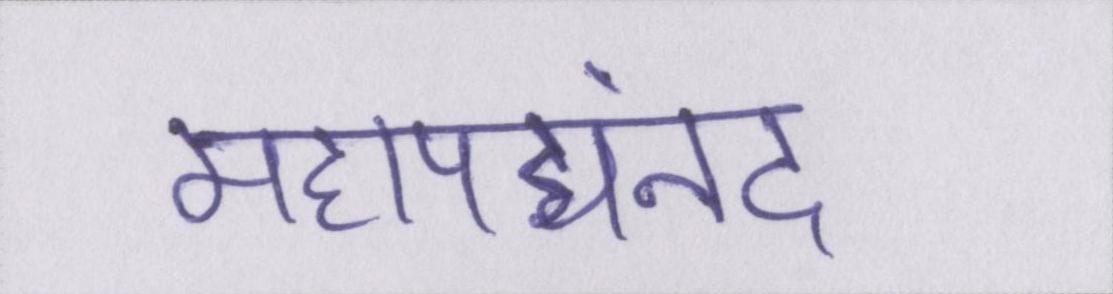
महापद्यनंद